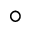
^ { \circ }